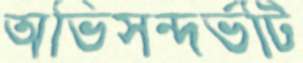
অভিসন্দর্ভটি